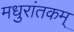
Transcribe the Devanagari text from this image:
मधुरांतकम्